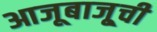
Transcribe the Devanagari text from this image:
आजूबाजू्ची